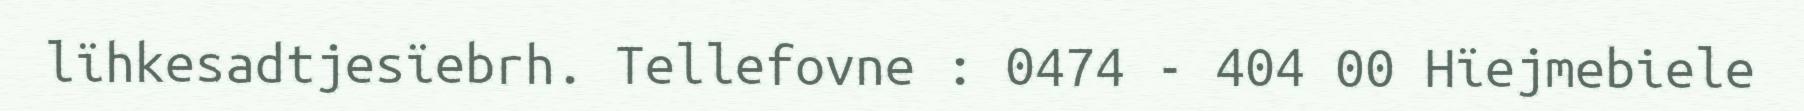
lïhkesadtjesïebrh. Tellefovne : 0474 - 404 00 Hïejmebiele